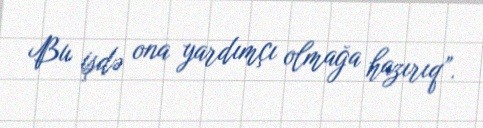
Bu işdə ona yardımçı olmağa hazırıq”.